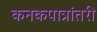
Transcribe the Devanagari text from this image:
कनकपात्रांतरी